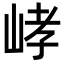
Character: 𡷸